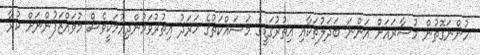
ހުންނަގޮތުން މުސާރައަށް އަންނަ ބަދަލުތަކާއި އިތުރުގަޑީގެ މަސައްކަތުގެ ޚަރަދު އިތުރުވަމުންދިއުމަކީވެސް މުވައްޒަފުންނަށް ކުރާ